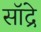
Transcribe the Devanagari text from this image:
सॉद्रे